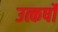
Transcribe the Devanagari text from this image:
उत्कर्षों